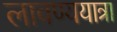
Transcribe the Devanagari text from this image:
लावण्ययात्रा